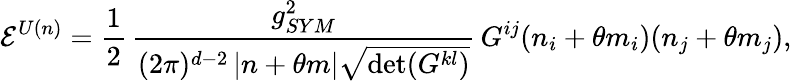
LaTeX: {\cal E}^{U(n)}=\frac{1}{2}\, \frac{g_{SYM}^{2}}{(2\pi)^{d-2}\, |n+\theta m|\sqrt{\operatorname*{det}(G^{kl})}}\, G^{ij}(n_{i}+\theta m_{i})(n_{j}+\theta m_{j}),